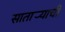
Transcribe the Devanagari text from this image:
सातार्‍याची